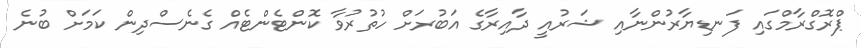
ޕްރޮގްރާމްގައި ފަނޑިޔާރުންނާއި ޝަރުއީ ދާއިރާގެ އަބުރަށް ހުތުރުވާ ކޮންޓެންޓެއް ގެނެސްދިން ކަމަށް ބުނެ